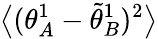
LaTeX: \big\langle({\theta}_{A}^{1}-\tilde{\theta}_{B}^{1})^{2}\big\rangle